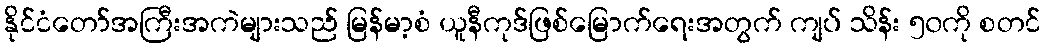
နိုင်ငံတော်အကြီးအကဲများသည် မြန်မာ့စံ ယူနီကုဒ်ဖြစ်မြောက်ရေးအတွက် ကျပ် သိန်း ၅၀ကို စတင်